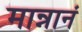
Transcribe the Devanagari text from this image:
मान्नानं